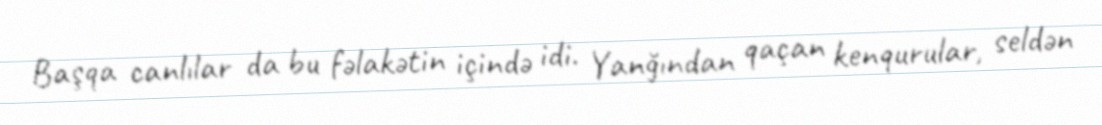
Başqa canlılar da bu fəlakətin içində idi. Yanğından qaçan kenqurular, seldən